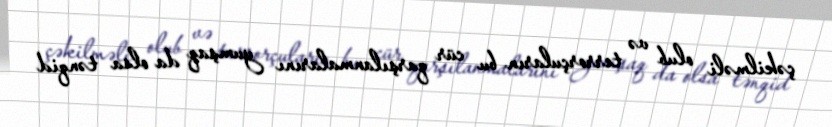
çəkilməli olub və terrorçuların bu cür qarşılanmalarını yumşaq da olsa tənqid